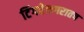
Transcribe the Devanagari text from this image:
टिंगरेनगरातच